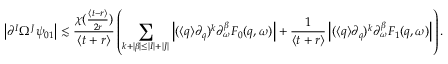
\left| \partial ^ { I } \Omega ^ { J } \psi _ { 0 1 } \right| \lesssim \frac { \chi ( { \frac { \langle t - r \rangle } { 2 r } } ) } { \langle t + r \rangle } \left( \sum _ { k + | \beta | \leq | I | + | J | } \left| ( \langle q \rangle \partial _ { q } ) ^ { k } \partial _ { \omega } ^ { \beta } F _ { 0 } ( q , \omega ) \right| + \frac { 1 } { \langle t + r \rangle } \left| ( \langle q \rangle \partial _ { q } ) ^ { k } \partial _ { \omega } ^ { \beta } F _ { 1 } ( q , \omega ) \right| \right) .